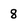
Character: 8